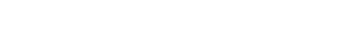
အခြေခံမရှိသူများလဲ လေ့လာကြည့်ပါ